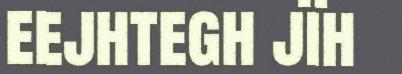
eejhtegh jïh